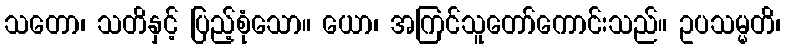
သတော၊ သတိနှင့် ပြည့်စုံသော။ ယော၊ အကြင်သူတော်ကောင်းသည်။ ဥပသမ္မတိ၊